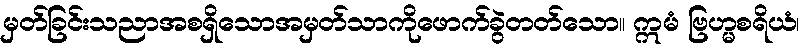
မှတ်ခြင်းသညာအစရှိသောအမှတ်သာကိုဖောက်ခွဲတတ်သော။ ဣမံ ဗြဟ္မစရိယံ၊